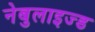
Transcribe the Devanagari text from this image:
नेबुलाइज्ड